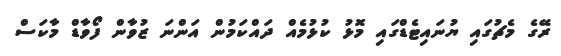
ރޭގެ މެޗުގައި ޔުނައިޓެޑްގައި މޮޅު ކުޅުމެއް ދައްކަމުން އަންނަ ޒުވާން ފޯވާޑް މާކަސް